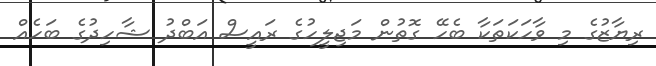
ރިޔާޒުގެ މި ވާހަކަތަކާ ބެހޭ ގޮތުން މަޖިލީހުގެ ރައީސް އަބްދު ޝާހިދުގެ ބަހެއް